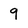
Character: 9